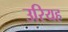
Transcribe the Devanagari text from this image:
उरियह